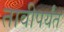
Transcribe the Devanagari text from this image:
तावीपर्यंत